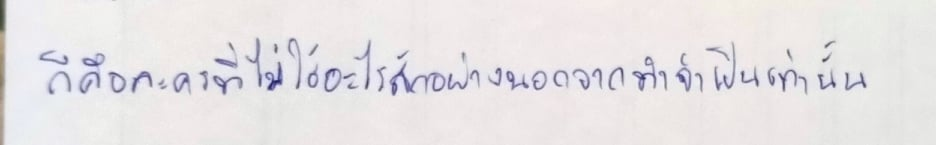
ก็คือละครที่ไม่ใช้อะไรสักอย่างนอกจากที่จำเป็นเท่านั้น